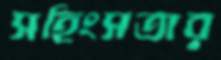
সহিংসতার